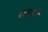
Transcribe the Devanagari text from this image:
रायजी